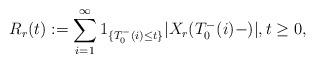
LaTeX: \begin{align*}R_r(t) := \sum_{i=1}^\infty 1_{\{ T_0^-(i) \leq t\}} |X_r(T_0^-(i) -)|, t \geq 0, \end{align*}